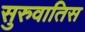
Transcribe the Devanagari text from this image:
सुरुवातिस